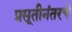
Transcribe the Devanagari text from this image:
प्रसूतीनंतरचे